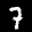
Digit: 7